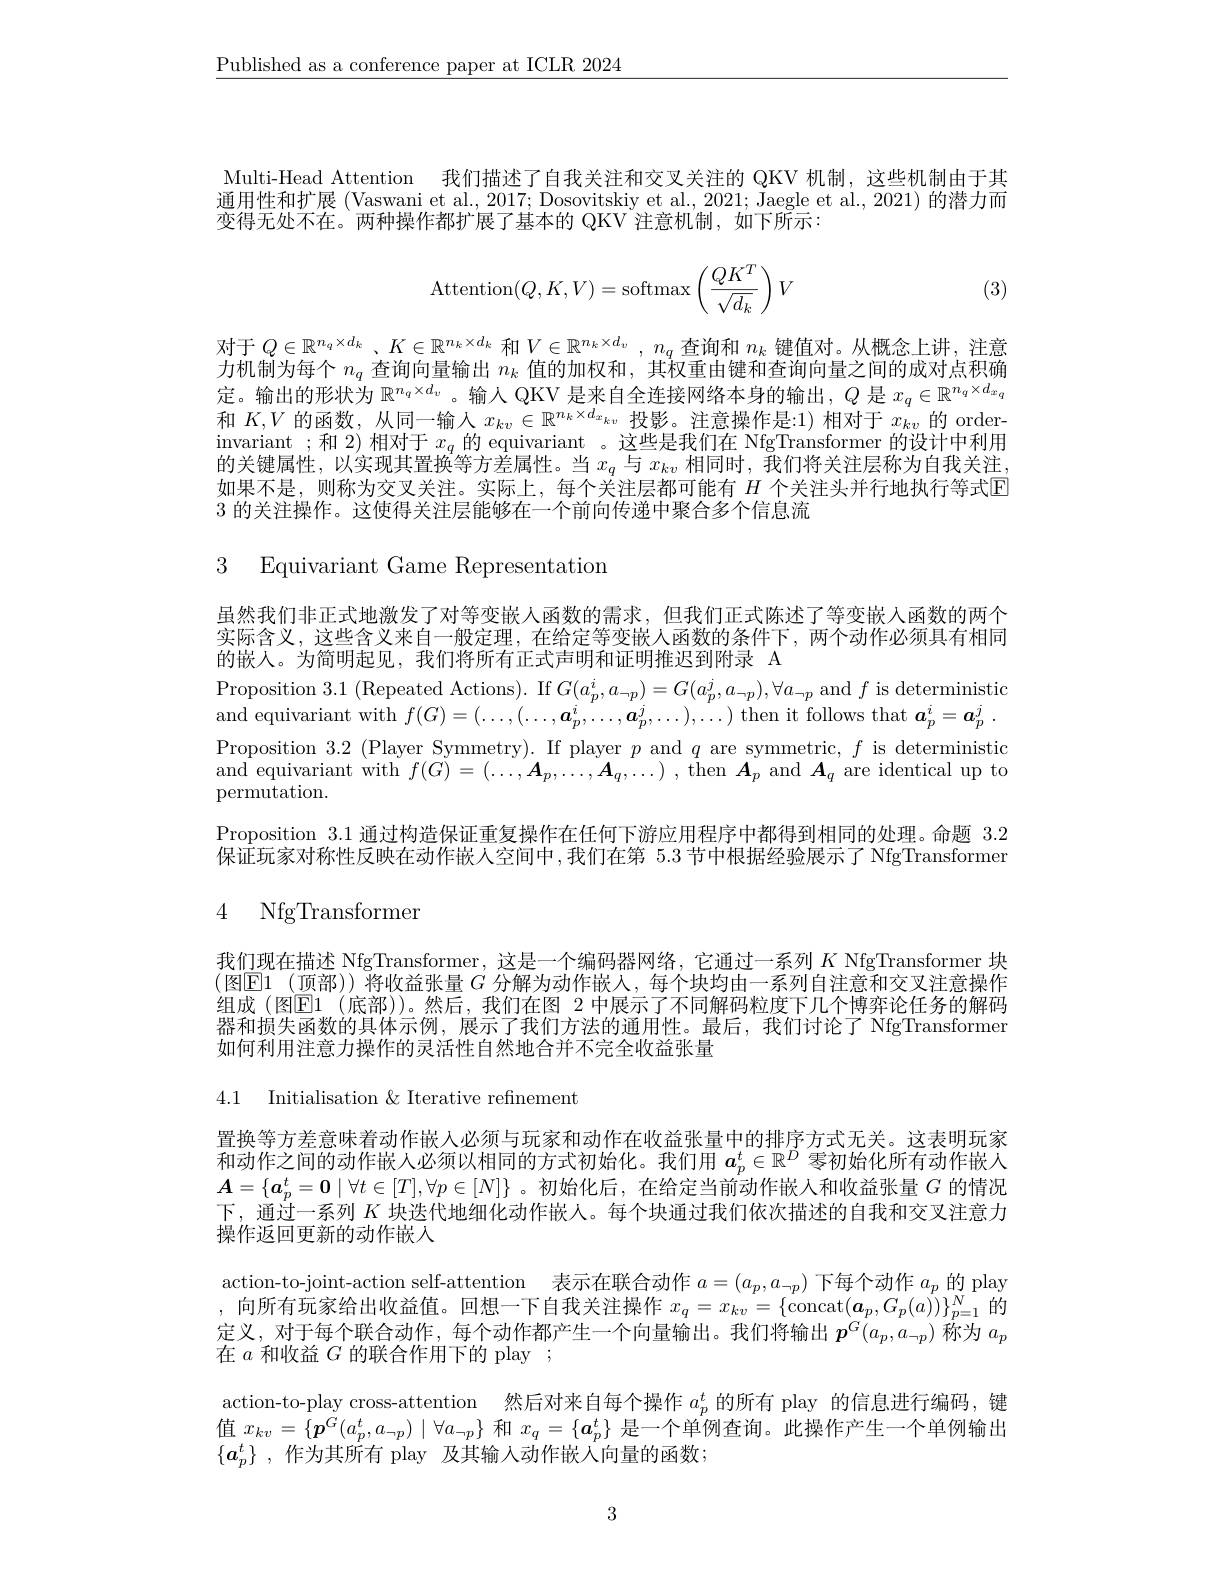
$\underline{\text{Published as a conference paper at ICLR 2024}}$

Multi-Head Attention 我们描述了自我关注和交叉关注的 QKV 机制，这些机制由于其通用性和扩展 (Vaswani et al., 2017; Dosovitskiy et al., 2021; Jaegle et al., 2021) 的潜力而变得无处不在。两种操作都扩展了基本的 QKV 注意机制，如下所示：
$$\text{Attention}(Q,K,V)=\text{softmax}\left(\frac{QK^T}{\sqrt{d_k}}\right)V$$
(3)

对于$Q\in\mathbb{R}^{n_q\times d_k}$ 、$K\in\mathbb{R}^{n_k\times d_k}$和$V\in\mathbb{R}^{n_k\times d_v},n_q$查询和$n_k$键值对。从概念上讲，注意和$K,V$的函数，从同一输入$x_kv\in\mathbb{R}^{n_k\times d_{x_kv}}$投影。注意操作是：1)相对于$x_kv$的 orderinvariant ;和 2)相对于$x_q$的 equivariant 。这些是我们在 NfgTransformer 的设计中利用的关键属性，以实现其置换等方差属性。当$x_q$与$x_kv$相同时，我们将关注层称为自我关注如果不是，则称为交叉关注。实际上，每个关注层都可能有 $H$ 个关注头并行地执行等式$\overline{\mathrm{E}}$ 3的关注操作。这使得关注层能够在一个前向传递中聚合多个信息流

3 Equivariant Game Representation

虽然我们非正式地激发了对等变嵌人函数的需求，但我们正式陈述了等变嵌入函数的两个实际含义，这些含义来自一般定理，在给定等变嵌人函数的条件下，两个动作必须具有相同的嵌人。为简明起见，我们将所有正式声明和证明推迟到附录 A
Proposition 3.1 (Repeated Actions). If $G(a_p^i,a_{\neg p})=G(a_p^j,a_{\neg p}),\forall a_{\neg p}$ and $f$ is deterministic and equivariant with $f(G)=(\ldots,(\ldots,\boldsymbol{a}_p^i,\ldots,\boldsymbol{a}_p^j,\ldots),\ldots)$ then it follows that $\boldsymbol{a}_p^i= \boldsymbol{a}_p^j$ . Proposition 3.2 (Player Symmetry). If player $p$ and $q$ are symmetric, $f$ is deterministic and equivariant with $f(G)=(\ldots,\boldsymbol{A}_p,\ldots,\boldsymbol{A}_q,\ldots)$ , then $\boldsymbol{A}_p$ and $\boldsymbol{A}_q$ are identical up to permutation.
Proposition 3.1通过构造保证重复操作在任何下游应用程序中都得到相同的处理。命题3.2保证玩家对称性反映在动作嵌人空间中，我们在第 5.3 节中根据经验展示了 NfgTransformer

# 4 NfgTransformer

我们现在描述 NfgTransformer,这是一个编码器网络，它通过一系列$K$ NfgTransformer 块(图$\mathbb{E}1$ (顶部))将收益张量$G$ 分解为动作嵌人，每个块均由一系列自注意和交叉注意操作组成 (图$\mathbb{E}1$ (底部))。然后，我们在图 2 中展示了不同解码粒度下几个博弈论任务的解码器和损失函数的具体示例，展示了我们方法的通用性。最后，我们讨论了 NfgTransformer 如何利用注意力操作的灵活性自然地合并不完全收益张量

4.1 Initialisation $\&$ Iterative refinement

置换等方差意味着动作嵌人必须与玩家和动作在收益张量中的排序方式无关。这表明玩家和动作之间的动作嵌人必须以相同的方式初始化。我们用$\boldsymbol{a}_p^t\in\mathbb{R}^D$零初始化所有动作嵌入$\boldsymbol{A}=\{\boldsymbol{a}_p^t=\boldsymbol{0}\mid\forall t\in[T],\forall p\in[N]\}$ 。初始化后，在给定当前动作嵌人和收益张量$G$的情况下，通过一系列$K$块迭代地细化动作嵌人。每个块通过我们依次描述的自我和交叉注意力操作返回更新的动作嵌入
action-to-joint-action self-attention 表示在联合动作$a=(a_p,a_{\neg p})$下每个动作$a_p$的 play ,向所有玩家给出收益值。回想一下自我关注操作$x_q= x_{kv}= \{$concat$( \boldsymbol{a}_p, G_p( a) ) \} _{p= 1}^N$的定义，对于每个联合动作，每个动作都产生一个向量输出。我们将输出$\boldsymbol{p}^G(a_p,a_{\neg p})\dot{\text{称为 }a}_p$ 在$a$和收益$G$的联合作用下的 play ;
action-to-play cross-attention 然后对来自每个操作$a_p^t$的所有 play 的信息进行编码，键值$x_{kv}=\{\boldsymbol{p}^G(a_p^t,a_{\neg p})\mid\forall a_{\neg p}\}$和$x_q=\{\boldsymbol{a}_p^t\}$是一个单例查询。此操作产生一个单例输出$\{ a_p^t\}$ , 作为其所有 play 及其输入动作嵌入向量的函数；

3